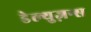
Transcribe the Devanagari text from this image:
डेल्युज़न्स